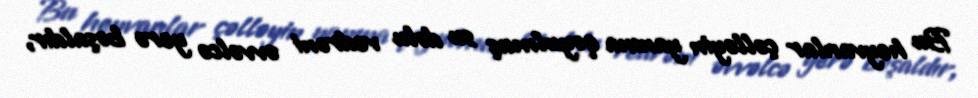
Bu heyvanlar çəlləyin yanına qoyulmuş su dolu vedrəni əvvəlcə yerə boşaldır,